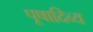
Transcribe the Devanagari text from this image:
पूषादिव्य